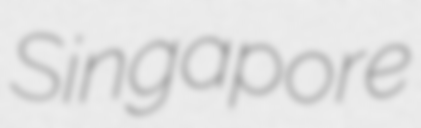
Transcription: Singapore